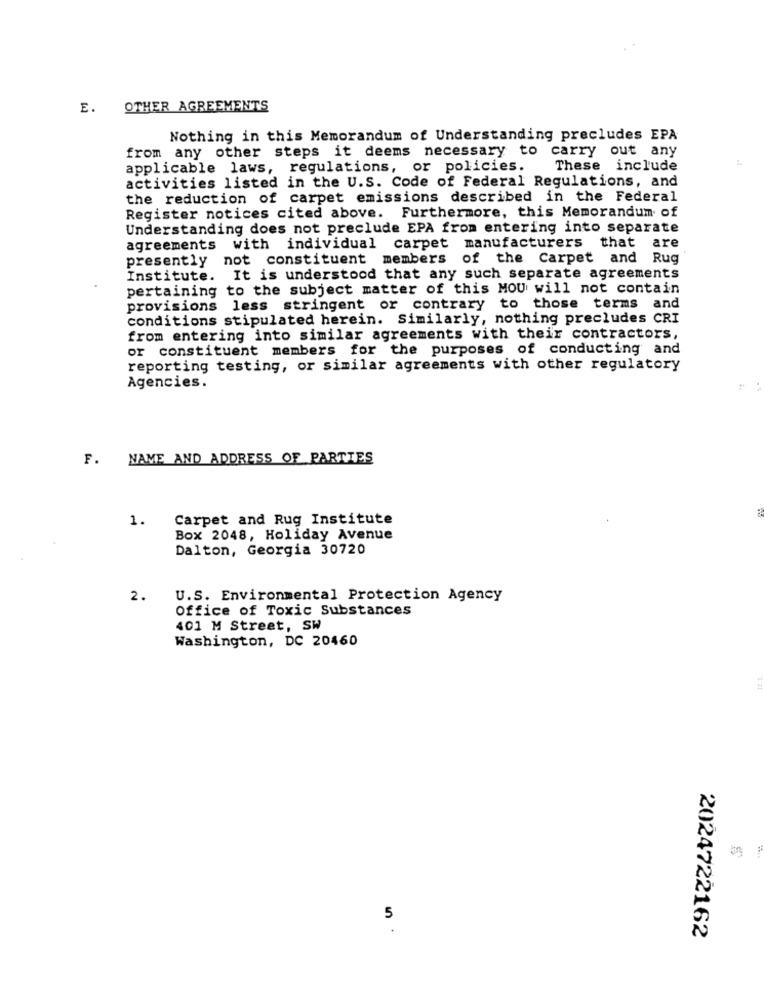
E. OTHER AGREEMENTS
Nothing in this Memorandum of Understanding precludes EPA
from any other steps it deems necessary to carry out any
applicable laws, regulations, or policies.
These include
activities listed in the U.S. Code of Federal Regulations, and
the reduction of carpet emissions described in the Federal
Register notices cited above. Furthermore, this Memorandum of
Understanding does not preclude EPA from entering into separate
agreements with individual carpet manufacturers that are
presently
not constituent members of the Carpet and Rug
Institute. It is understood that any such separate agreements
pertaining to the subject matter of this MOU will not contain
provisions less stringent or contrary to those terms and
conditions stipulated herein. Similarly, nothing precludes CRI
from entering into similar agreements with their contractors,
or constituent members for the purposes of conducting and
reporting testing, or similar agreements with other regulatory
Agencies.
F. NAME AND ADDRESS OF PARTIES
1.
Carpet and Rug Institute
Box 2048, Holiday Avenue
Dalton, Georgia 30720
2.
U.S. Environmental Protection Agency
Office of Toxic Substances
401 M Street, SW
Washington, DC 20460
5
2024722162